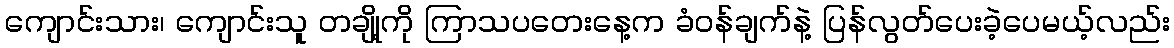
ကျောင်းသား၊ ကျောင်းသူ တချို့ကို ကြာသပတေးနေ့က ခံဝန်ချက်နဲ့ ပြန်လွတ်ပေးခဲ့ပေမယ့်လည်း